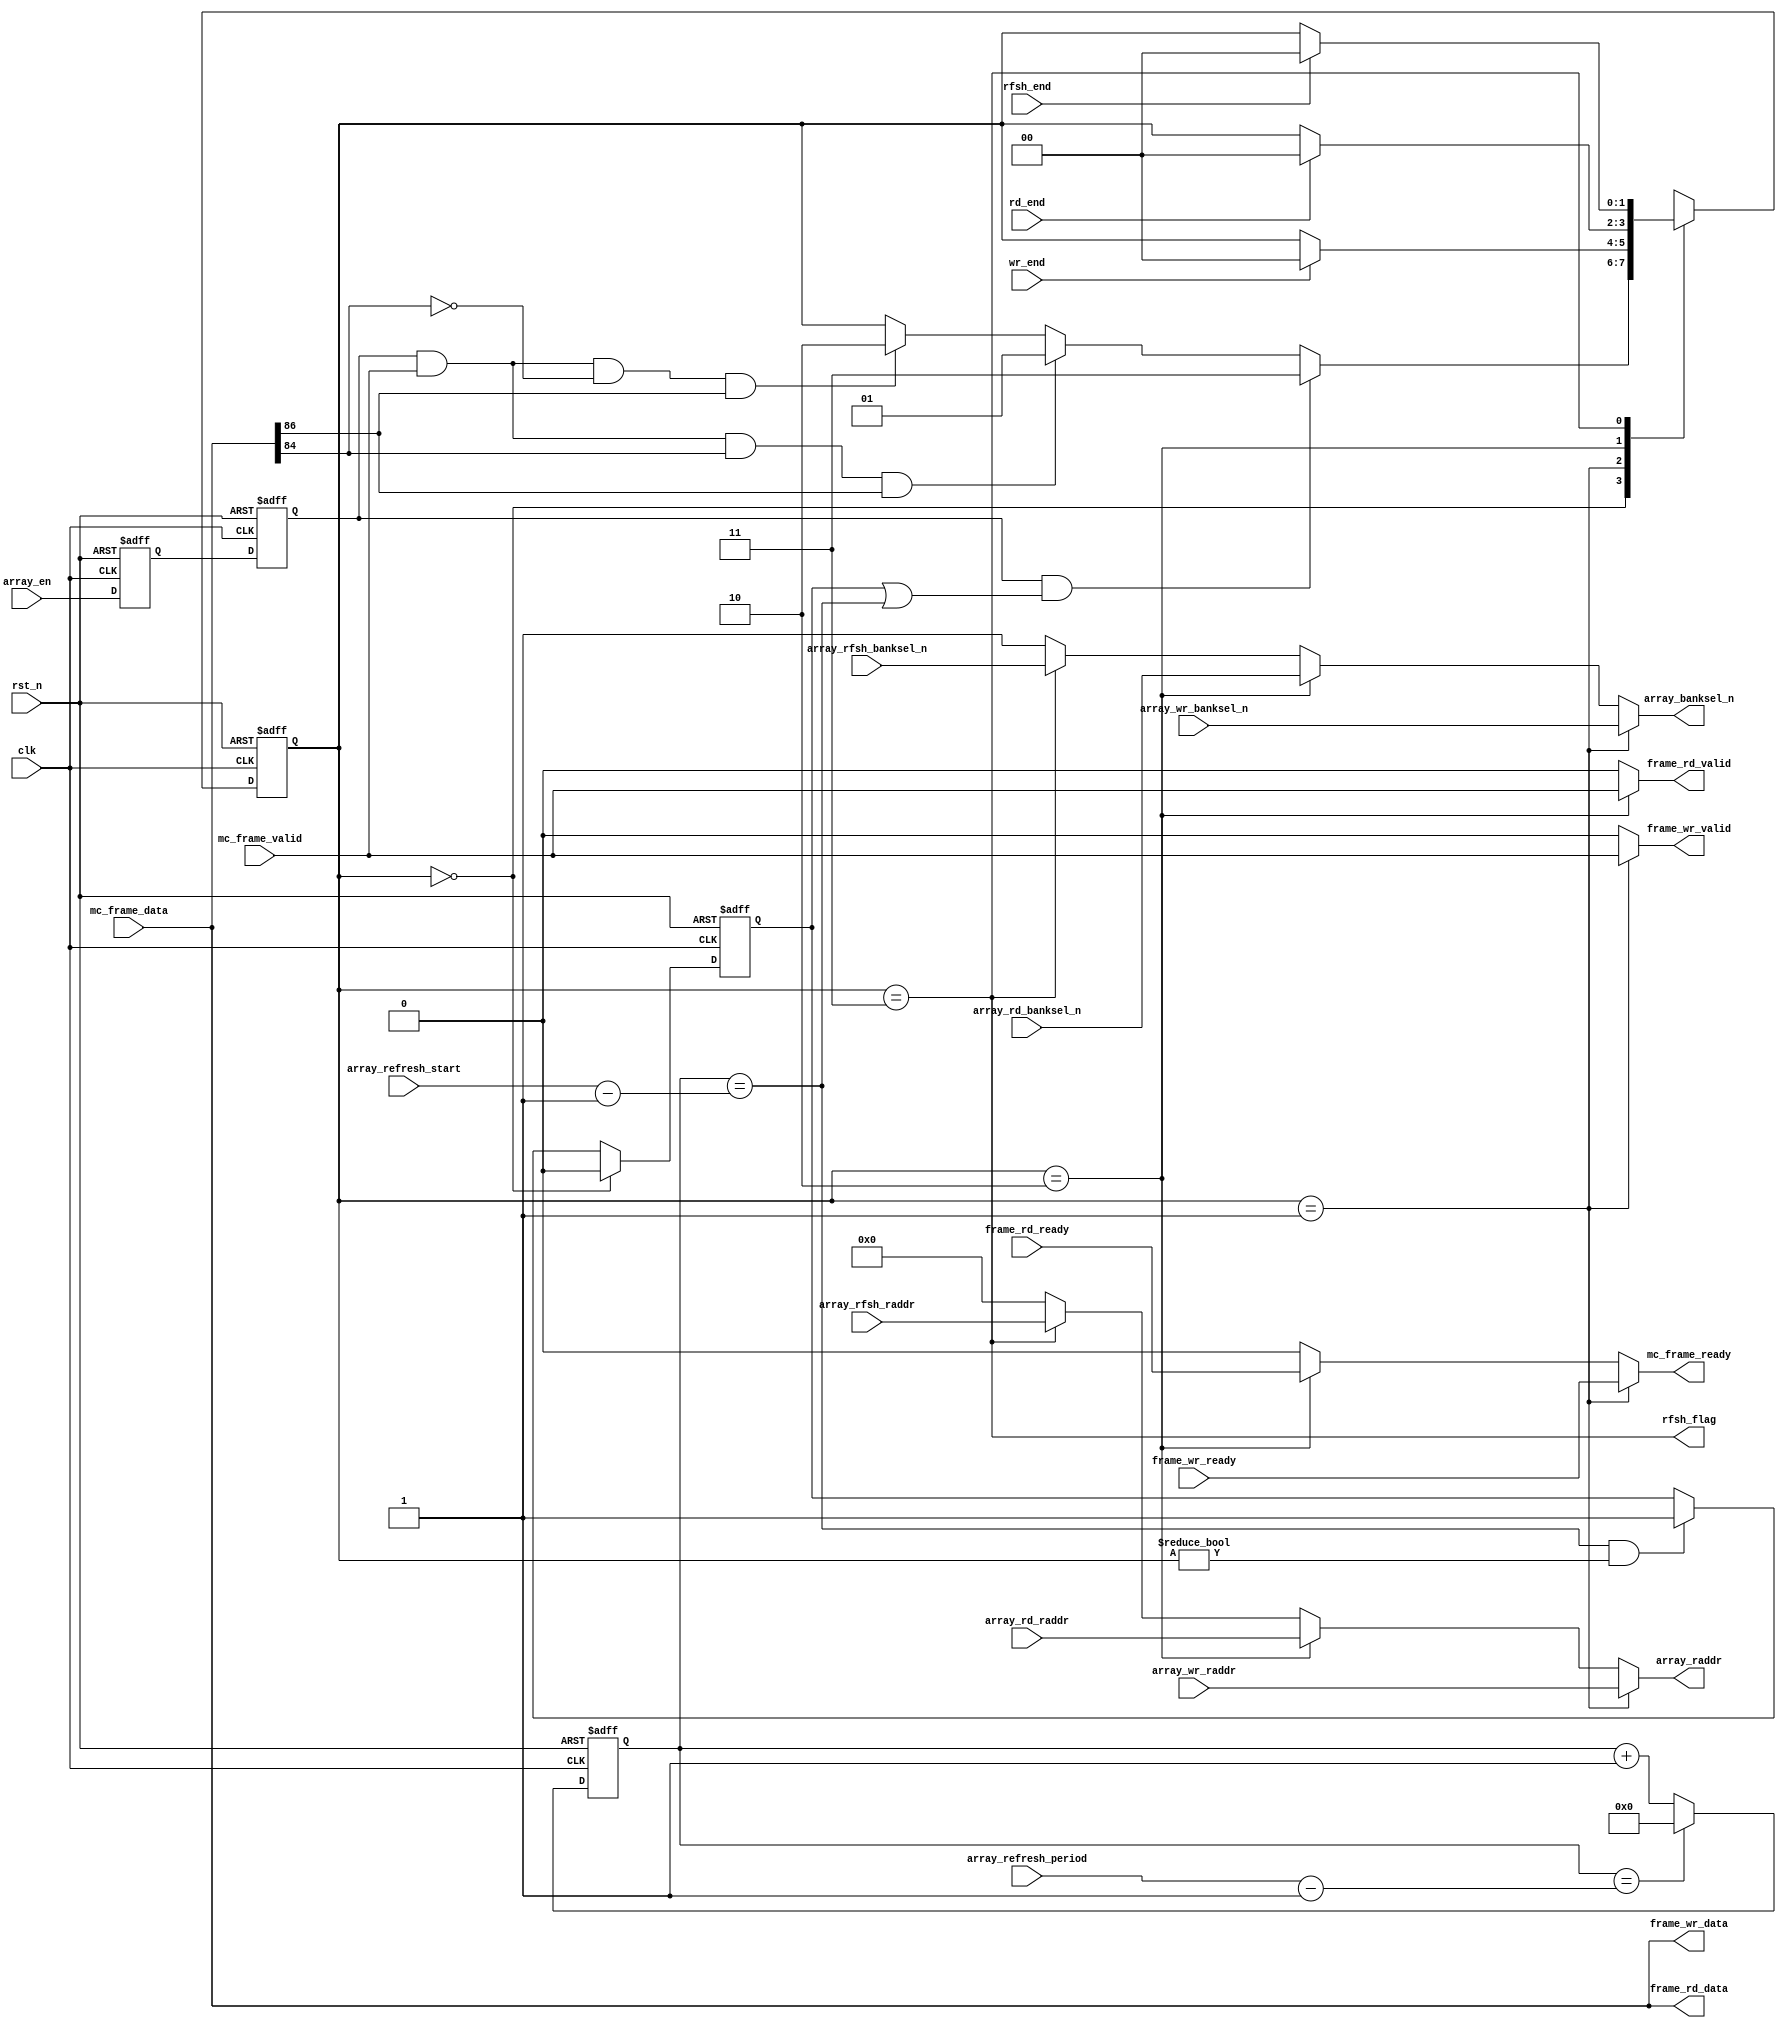
module array_fsm #(
    parameter ARRAY_ROW_ADDR   = 14     ,
    parameter ARRAY_COL_ADDR   = 6      ,
    parameter ARRAY_DATA_WIDTH = 64     ,
    parameter FRAME_DATA_WIDTH = 3 + ARRAY_ROW_ADDR + ARRAY_COL_ADDR + ARRAY_DATA_WIDTH
) (
    input                         clk                   ,
    input                         rst_n                 ,
    input                         array_en              ,
    input                         mc_frame_valid        ,   
    output                        mc_frame_ready        ,
    input  [FRAME_DATA_WIDTH-1:0] mc_frame_data         ,
    
    input  [31:0]                 array_refresh_period  ,
    input  [31:0]                 array_refresh_start   ,
    input                         wr_end                ,
    input                         rd_end                ,
    input                         rfsh_end              ,
    
    output                        frame_wr_valid        , //to array_w
    input                         frame_wr_ready        , //come array_w
    output [FRAME_DATA_WIDTH-1:0] frame_wr_data         , //to array_w come mc_frame_data
    input  [ARRAY_ROW_ADDR-1:0]   array_wr_raddr        , //
    input                         array_wr_banksel_n    ,
    
    output                        frame_rd_valid        ,
    input                         frame_rd_ready        ,
    output [FRAME_DATA_WIDTH-1:0] frame_rd_data         ,
    input  [ARRAY_ROW_ADDR-1:0]   array_rd_raddr        ,
    input                         array_rd_banksel_n    ,
    
    output                        rfsh_flag             ,
    input  [ARRAY_ROW_ADDR-1:0]   array_rfsh_raddr      ,
    input                         array_rfsh_banksel_n  ,
    
    output                        array_banksel_n       ,
    output [ARRAY_ROW_ADDR-1:0]   array_raddr
);

    parameter   IDLE       = 2'd0,
                ARRAY_WR   = 2'd1,
                ARRAY_RD   = 2'd2,
                ARRAY_RFSH = 2'd3;

    reg [1:0] state_c;
    reg [1:0] state_n;

    wire                        sof         ;
    wire                        eof         ;
    wire                        rw_flag     ;
    wire [ARRAY_ROW_ADDR-1:0]   row_addr    ;
    wire [ARRAY_COL_ADDR-1:0]   col_addr    ;
    wire [ARRAY_DATA_WIDTH-1:0] wr_data     ;
    reg  [31:0]                 rfsh_cnt    ;
    reg                         rfsh_wait   ;
    reg                         en_asyn1    ; //array_en
    reg                         en_asyn2    ;

    always @(posedge clk or negedge rst_n) begin
        if(!rst_n)
            state_c <= IDLE;
        else
            state_c <= state_n;
    end

    always @(*) begin
        case (state_c)
            IDLE       : begin
                if(en_asyn2 && (rfsh_wait || rfsh_cnt==array_refresh_start-1'b1))
                    state_n = ARRAY_RFSH;
                else if(en_asyn2 && mc_frame_valid && rw_flag && sof) //frame validframe ready
                    state_n = ARRAY_WR;
                else if(en_asyn2 && mc_frame_valid && ~rw_flag && sof)
                    state_n = ARRAY_RD;
                else
                    state_n = state_c;
            end   
            ARRAY_WR   : begin
                if(wr_end)
                    state_n = IDLE;
                else
                    state_n = state_c;
            end
            ARRAY_RD   : begin
                if(rd_end)
                    state_n = IDLE;
                else
                    state_n = state_c;
            end
            ARRAY_RFSH : begin
                if(rfsh_end)
                    state_n = IDLE;
                else
                    state_n = state_c;
            end
            default: state_n = IDLE;
        endcase
    end

    always @(posedge clk or negedge rst_n) begin
        if(!rst_n) begin
            en_asyn1 <= 1'b0;
            en_asyn2 <= 1'b0;
        end
        else begin
            en_asyn1 <= array_en;
            en_asyn2 <= en_asyn1;
        end
    end

    assign {sof,eof,rw_flag,row_addr,col_addr,wr_data} = mc_frame_data;

    always @(posedge clk or negedge rst_n) begin
        if(!rst_n)
            rfsh_cnt <= 32'd0;
        else if(rfsh_cnt==array_refresh_period-1'b1)
            rfsh_cnt <= 32'd0;
        else
            rfsh_cnt <= rfsh_cnt + 1'b1;
    end

    always @(posedge clk or negedge rst_n) begin
        if(!rst_n)
            rfsh_wait <= 1'b0;
        else if(state_c==IDLE)
            rfsh_wait <= 1'b0;
        else if(rfsh_cnt==array_refresh_start-1'b1 && state_c!=IDLE)
            rfsh_wait <= 1'b1;
    end

    assign frame_wr_valid = state_c==ARRAY_WR ? mc_frame_valid : 1'b0;
    assign frame_rd_valid = state_c==ARRAY_RD ? mc_frame_valid : 1'b0;

    assign mc_frame_ready = state_c==ARRAY_WR ? frame_wr_ready : 
                            state_c==ARRAY_RD ? frame_rd_ready :
                            1'b0;

    assign frame_wr_data = mc_frame_data;
    assign frame_rd_data = mc_frame_data;

    assign array_raddr = state_c==ARRAY_WR   ? array_wr_raddr   : 
                        state_c==ARRAY_RD   ? array_rd_raddr   :
                        state_c==ARRAY_RFSH ? array_rfsh_raddr :
                        14'b0;
    
    assign array_banksel_n = state_c==ARRAY_WR   ? array_wr_banksel_n   : 
                            state_c==ARRAY_RD   ? array_rd_banksel_n   :
                            state_c==ARRAY_RFSH ? array_rfsh_banksel_n :
                            1'b1;

    assign rfsh_flag = state_c==ARRAY_RFSH;
    
endmodule